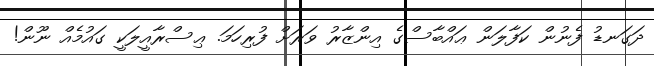
ދަގަނޑު ފެނުން ކަފާލަން ޢައްބާސްގެ އިންޒާރު ވަރަށް ފުރިހަމަ. ޢިސްރާއީލަކީ ގައުމެއް ނޫން!